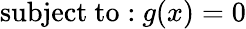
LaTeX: {\mathrm{subject~to:}}\ g(x)=0